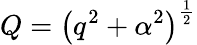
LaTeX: Q=\left(q^{2}+\alpha^{2}\right)^{\frac{1}{2}}